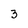
Character: 3